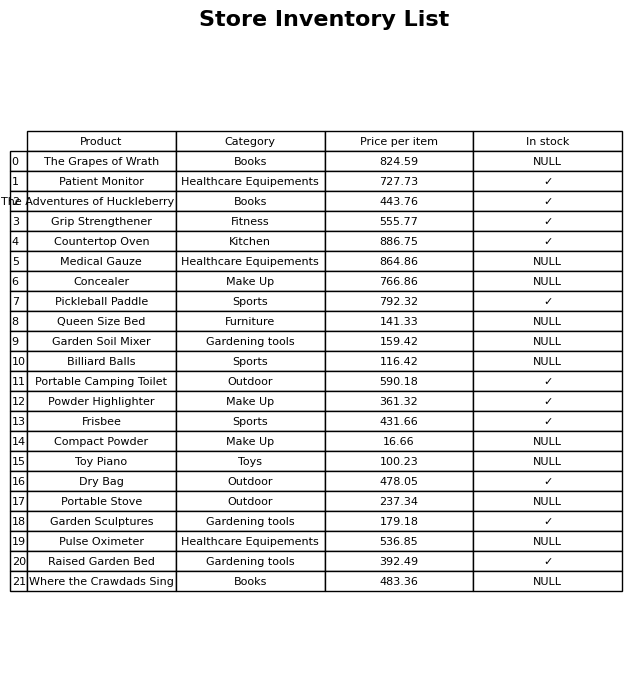
question: What is the price for Toy Piano?
answer: The price of Toy Piano is 100.23.